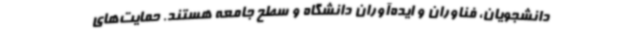
دانشجویان، فناوران و ایده‌آوران دانشگاه و سطح جامعه هستند. حمایت‌های